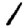
Digit: 1